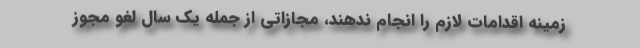
زمینه اقدامات لازم را انجام ندهند، مجازاتی از جمله یک سال لغو مجوز